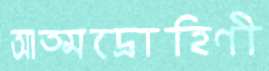
আত্মদ্রোহিণী